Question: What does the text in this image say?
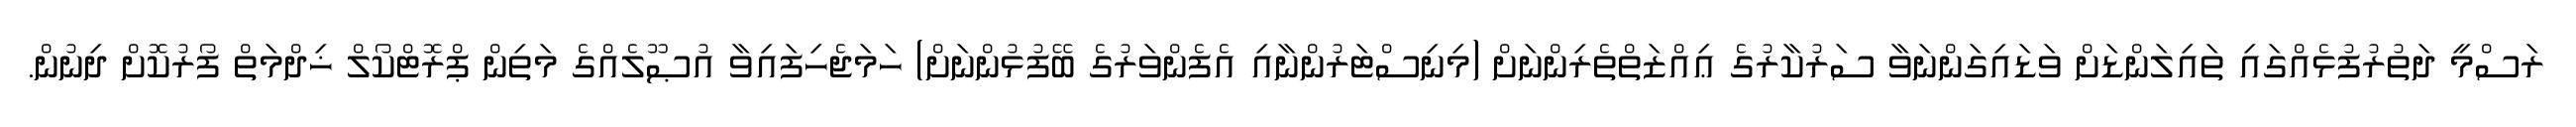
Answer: ރަސްމީ ދަތުރުފުޅެއްގައި ތައިލަންޑަށް ވަޑައިގަންނަވާ ސަރުކާރުގެ ޢިއްޒަތްތެރިންނަށް (މިނިސްޓަރުންނާއި އެފެންވަރުގެ ބޭފުޅުންނަށް) ހަމަޖެހިފައިވާ އުޞޫލެއްގެ މަތިން ޕްރޮޓްކޯލް ޚިދްމަތް ފޯރުކޮށް ދިނުން.